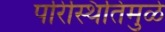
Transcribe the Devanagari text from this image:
परिस्थितिमुळे